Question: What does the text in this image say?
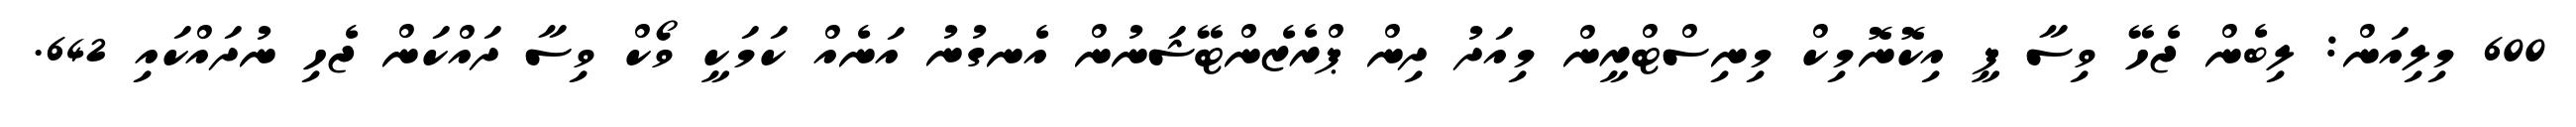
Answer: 600 މިލިއަން: ލިބެން ޖެހޭ ވިސާ ފީ އިކޮނޮމިކް މިނިސްޓްރީން މިއަދު ދިން ޕްރެޒެންޓޭޝަނުން އެނގުނު އަނެއް ކަމަކީ ވޯކް ވިސާ ދައްކަން ޖެހި ނުދައްކައި 642.